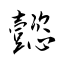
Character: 懿